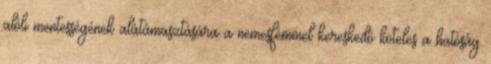
alóli mentességének alátámasztására a nemesfémmel kereskedő köteles a hatóság